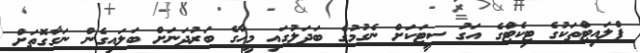
ފްލައިޓްތަކުގެ ޓިކެޓްގެ އަގު ސީޓަކަށް ނެގުމުގެ ބަދަލުގައި މީހާގެ ބަރުދަނަށް ބަލައިގެން ނަގާގޮތަށް